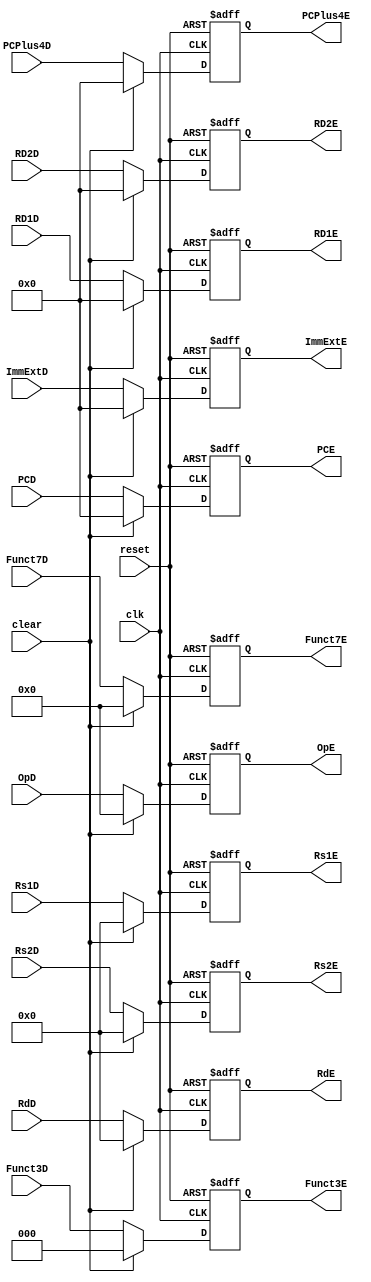
/*
	Name: Pipeline register between Datapath Decode and Execution Stage
	
*/


module ID_IEx  (
    input         clk, reset, clear,
    input  [31:0] RD1D, RD2D, PCD, 
    input  [4:0]  Rs1D, Rs2D, RdD, 
    input  [31:0] ImmExtD, PCPlus4D,
	 
	 input [6:0] OpD,
	 input [6:0] Funct7D,
	 input [2:0] Funct3D,
	 
    output reg [31:0] RD1E, RD2E, PCE, 
    output reg [4:0]  Rs1E, Rs2E, RdE, 
    output reg [31:0] ImmExtE, PCPlus4E,
	 
	 output reg [6:0] OpE,
	 output reg [6:0] Funct7E,
	 output reg [2:0] Funct3E
	 
	 );
	 

	 

    always @( negedge clk, posedge reset ) begin
        if (reset) begin
            RD1E <= 0;
            RD2E <= 0;
            PCE <= 0;
            Rs1E <= 0;
            Rs2E <= 0;
            RdE <= 0;
            ImmExtE <= 0;
            PCPlus4E <= 0;
				OpE <= 0;
				Funct7E <= 0;
				Funct3E <= 0;
        end

        else if (clear) begin
            RD1E <= 0;
            RD2E <= 0;
            PCE <= 0;
            Rs1E <= 0;
            Rs2E <= 0;
            RdE <= 0;
            ImmExtE <= 0;
            PCPlus4E <= 0;
				OpE <= 0;
				Funct7E <= 0;
				Funct3E <= 0;
        end
        else begin
            RD1E <= RD1D;
            RD2E <= RD2D;
            PCE <= PCD;
            Rs1E <= Rs1D;
            Rs2E <= Rs2D;
            RdE <= RdD;
            ImmExtE <= ImmExtD;
            PCPlus4E <= PCPlus4D;
				OpE <= OpD;
				Funct7E <= Funct7D;
				Funct3E <= Funct3D ;
        end

    end

endmodule